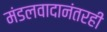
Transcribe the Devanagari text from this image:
मंडलवादानंतरही